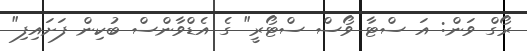
ރޯގް ވަން: އަ ސްޓާ ވޯސް ސްޓޯރީ" ގެ އެޑްވާންސް ބުކިން ފަށައިފި"